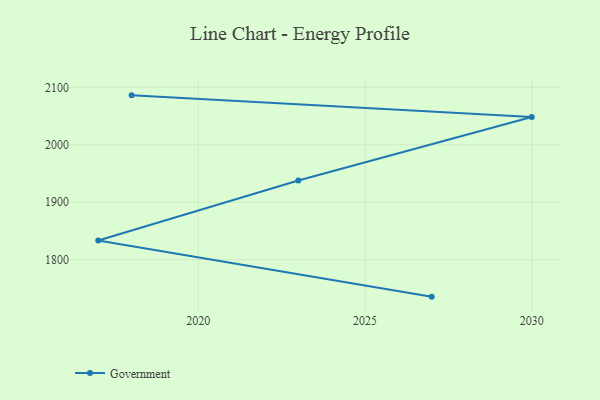
{"axis": {"x": "Year", "y": "Active Users"}, "legend": ["Government"], "data": [{"x": "2027", "y": 1735.6, "type": "Government"}, {"x": "2017", "y": 1833.3, "type": "Government"}, {"x": "2023", "y": 1937.7, "type": "Government"}, {"x": "2030", "y": 2048.4, "type": "Government"}, {"x": "2018", "y": 2086.0, "type": "Government"}]}